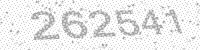
Solution: 262541